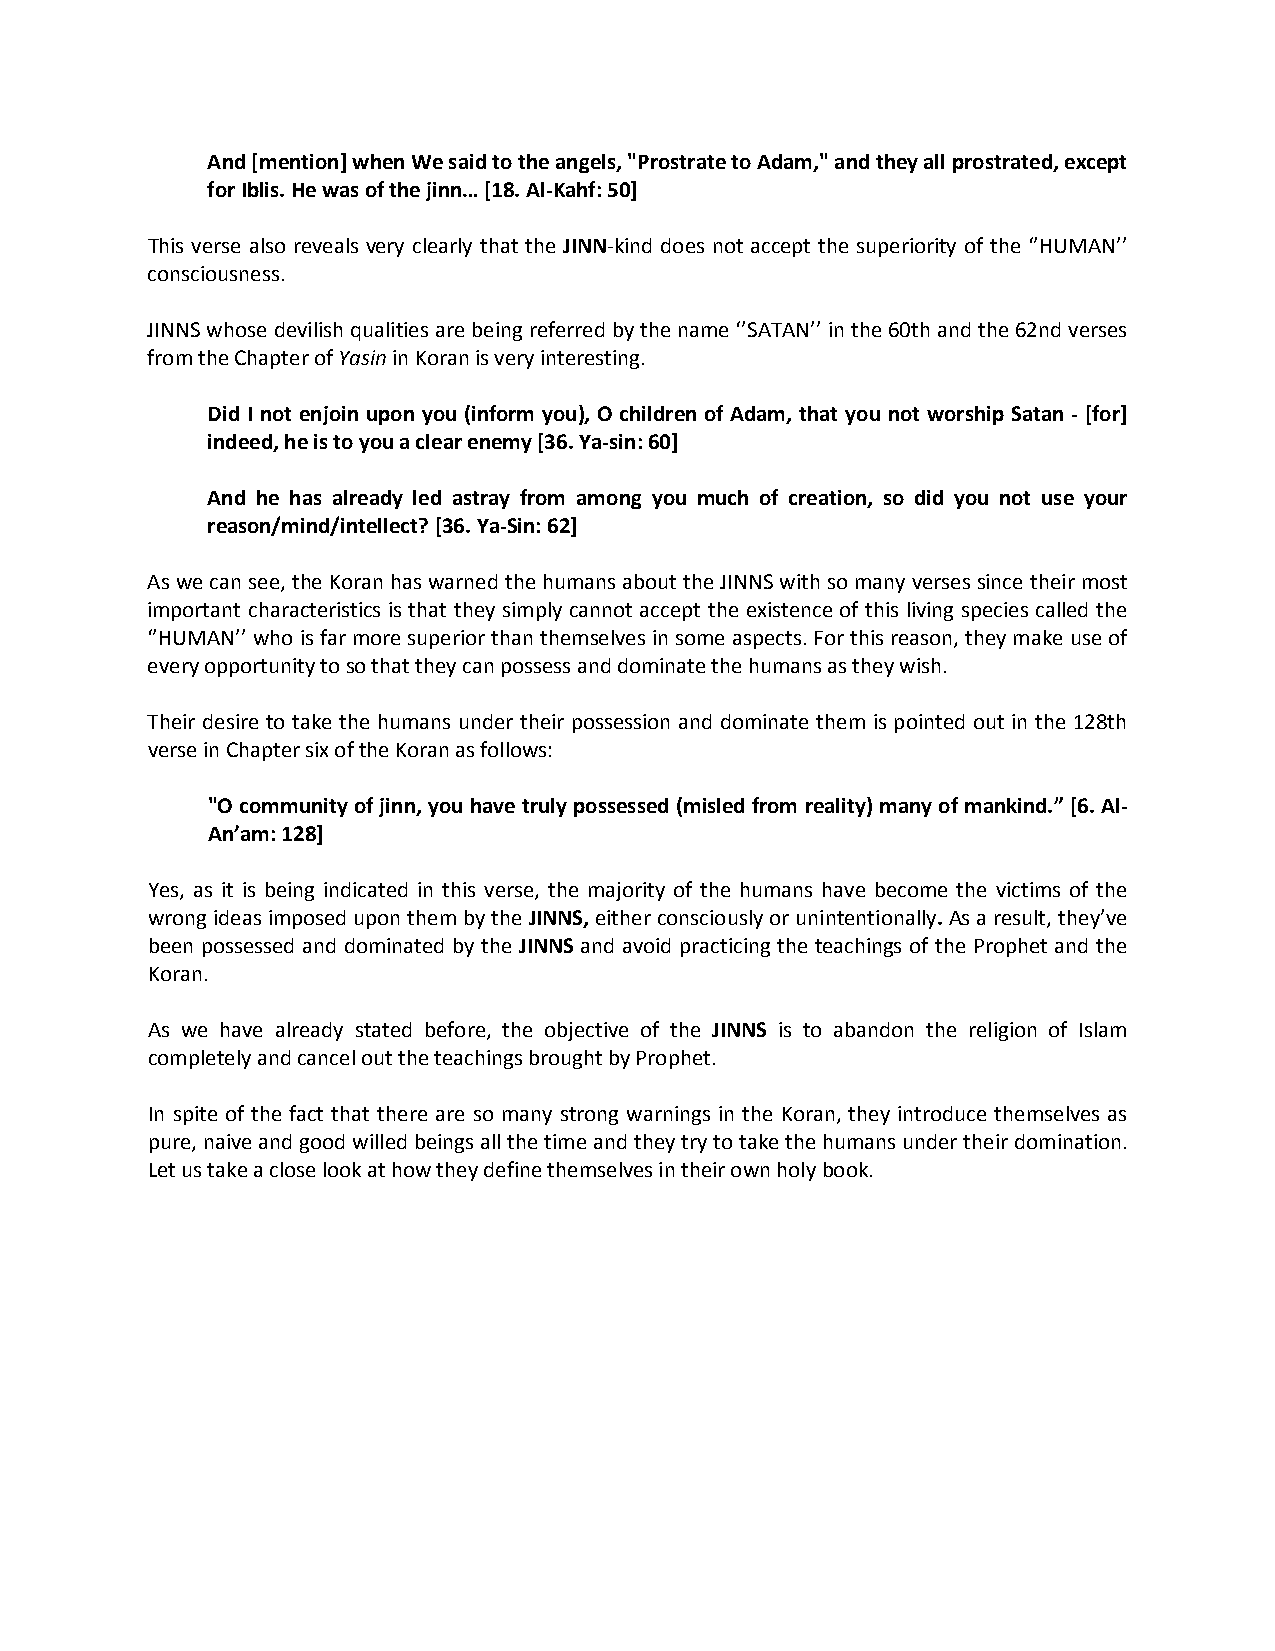
And [mention] when We said to the angels, "Prostrate to Adam," and they all prostrated, except
 for Iblis. He was of the jinn… [18. Al-Kahf: 50]
 This verse also reveals very clearly that the JINN-kind does not accept the superiority of the ‘’HUMAN’’
 consciousness.
 JINNS whose devilish qualities are being referred by the name ‘’SATAN’’ in the 60th and the 62nd verses
 from the Chapter of Yasin in Koran is very interesting.
 Did I not enjoin upon you (inform you), O children of Adam, that you not worship Satan - [for]
 indeed, he is to you a clear enemy [36. Ya-sin: 60]
 And he has already led astray from among you much of creation, so did you not use your
 reason/mind/intellect? [36. Ya-Sin: 62]
 As we can see, the Koran has warned the humans about the JINNS with so many verses since their most
 important characteristics is that they simply cannot accept the existence of this living species called the
 ‘’HUMAN’’ who is far more superior than themselves in some aspects. For this reason, they make use of
 every opportunity to so that they can possess and dominate the humans as they wish.
 Their desire to take the humans under their possession and dominate them is pointed out in the 128th
 verse in Chapter six of the Koran as follows:
 "O community of jinn, you have truly possessed (misled from reality) many of mankind.” [6. Al-
 An’am: 128]
 Yes, as it is being indicated in this verse, the majority of the humans have become the victims of the
 wrong ideas imposed upon them by the JINNS, either consciously or unintentionally. As a result, they’ve
 been possessed and dominated by the JINNS and avoid practicing the teachings of the Prophet and the
 Koran.
 As we have already stated before, the objective of the JINNS is to abandon the religion of Islam
 completely and cancel out the teachings brought by Prophet.
 In spite of the fact that there are so many strong warnings in the Koran, they introduce themselves as
 pure, naive and good willed beings all the time and they try to take the humans under their domination.
 Let us take a close look at how they define themselves in their own holy book.